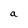
Character: a